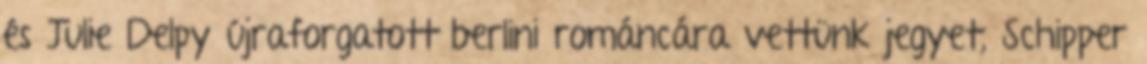
és Julie Delpy újraforgatott berlini románcára vettünk jegyet, Schipper